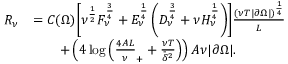
\begin{array} { r l } { R _ { \nu } } & { = C ( \Omega ) \Biggl [ \nu ^ { \frac 1 2 } F _ { \nu } ^ { \frac 3 4 } + E _ { \nu } ^ { \frac 1 4 } \left( D _ { \nu } ^ { \frac 3 4 } + \nu H _ { \nu } ^ { \frac 1 4 } \right) \Biggr ] \frac { ( \nu T | \partial \Omega | ) ^ { \frac 1 4 } } L } \\ & { \qquad + \left( 4 \log \left( \frac { 4 A L } \nu _ { + } + \frac { \nu T } { \bar { \delta } ^ { 2 } } \right) \right) A \nu | \partial \Omega | . } \end{array}